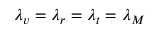
\lambda _ { v } = \lambda _ { r } = \lambda _ { t } = \lambda _ { M }